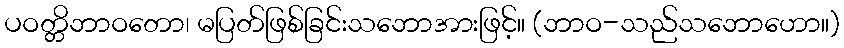
ပဝတ္တိဘာဝတော၊ မပြတ်ဖြစ်ခြင်းသဘောအားဖြင့်။ (ဘာဝ-သည်သဘောဟော။)